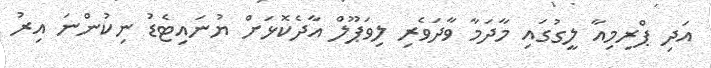
އަދި ޕްރިމިއާ ލީގުގައި މާދަމާ ވާދަވެރި ލިވަޕޫލް އާދެކޮޅަށް ޔުނައިޓެޑު ނިކުންނަ އިރު